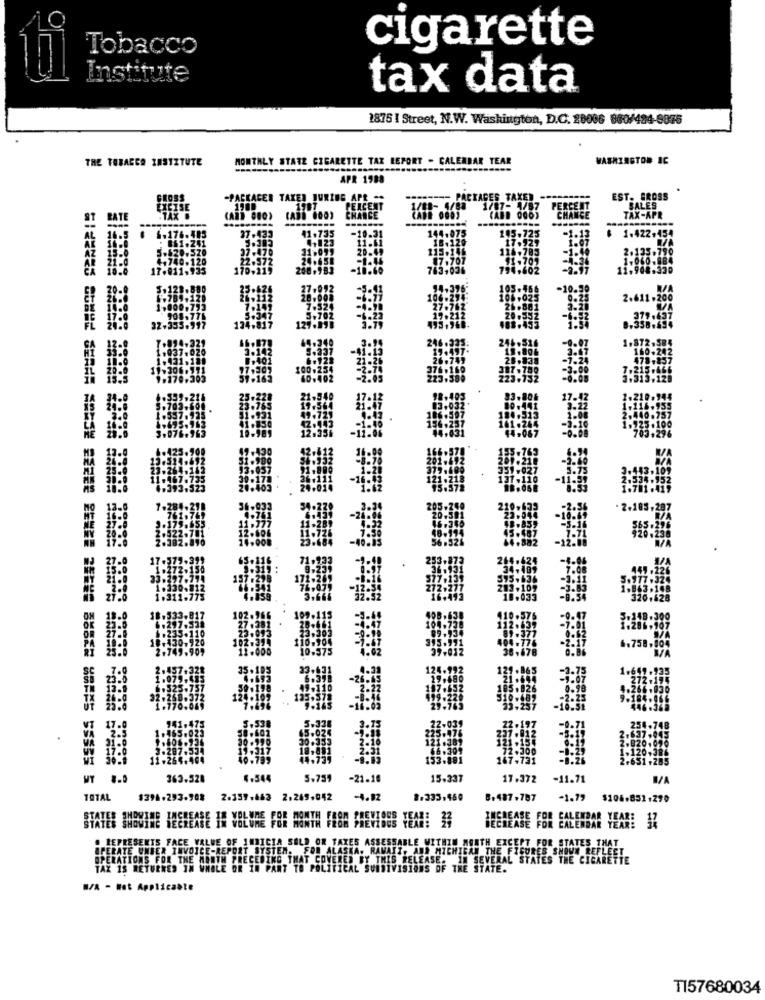
Tobacco
cigarette
Institute
tax data
1875 I Street, N.W. Washington, D.C. 20006 880/484-9825
THE TOBACCO INSTITUTE
MONTHLY STATE CIGARETTE TAX LEFORT - CALENDAR TEAR
WASHINGTON IC
----
APR 1988
GROSS
-PACKACER TAKEN DURING APR .
EST. GROSS
SALES
EXCISE
1781
PEACE!
PERC
TAX .
(AND OBO)
CHANGE
TAX-APR
37.433
COCOS
41.735
-10.3
1.422,45
6-176.485
. 861.241
4.123
1.620.579
7.470
1-740-120
22.37Z
170.219
61 .2
.105.
167-731
MT 8.0
363.528
4.544
5-759
-21-18
15.337
17.372
-11.71
TOTAL
$394.293-908
2.159.463 2.265.042
-4.12
#:333.460
8+487.787
-1.79
$106.851+290
THEREARE FOR CALENDAR YEAR!
STATES IMOVIHE HEEHEARE IN VOLUME FOR MONTH FROM PREVIOUS YEAR! 19
BLE WITHIN
MONTH EXCEPT FOR STATES THAT
. REPRESENTS FACE VALUE OF INICIA SOLD OR TAXES ASS
FOR ALASKA, RAMAIT, AN
AJA MICHIGAN THE FIGURES SHOWN REFL
OPERATIONS FOR THE MONTH PRECEDING THAT COVERED BY THIS RELEASE. IN SEVERAL STATES THE CIGARETTE
TAX 18 RETURRES IN WHOLE OR IN PART TO POLITICAL SUBDIVISIONS OF THE STATE.
S/A - Not Applicable
TI57680034